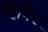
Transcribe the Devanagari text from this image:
दिविर